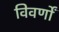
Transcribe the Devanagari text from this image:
विवर्णों